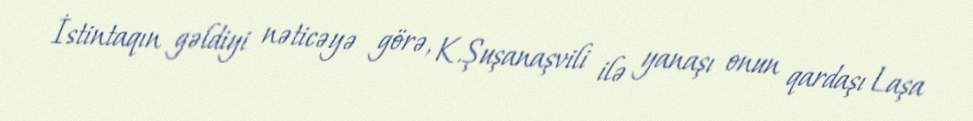
İstintaqın gəldiyi nəticəyə görə, K.Şuşanaşvili ilə yanaşı onun qardaşı Laşa